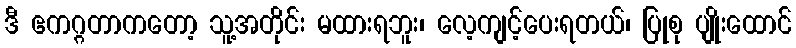
ဒီ ဧကဂ္ဂတာကတော့ သူ့အတိုင်း မထားရဘူး၊ လေ့ကျင့်ပေးရတယ်၊ ပြုစု ပျိုးထောင်